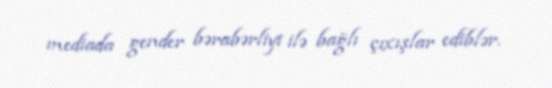
mediada gender bərabərliyi ilə bağlı çıxışlar ediblər.